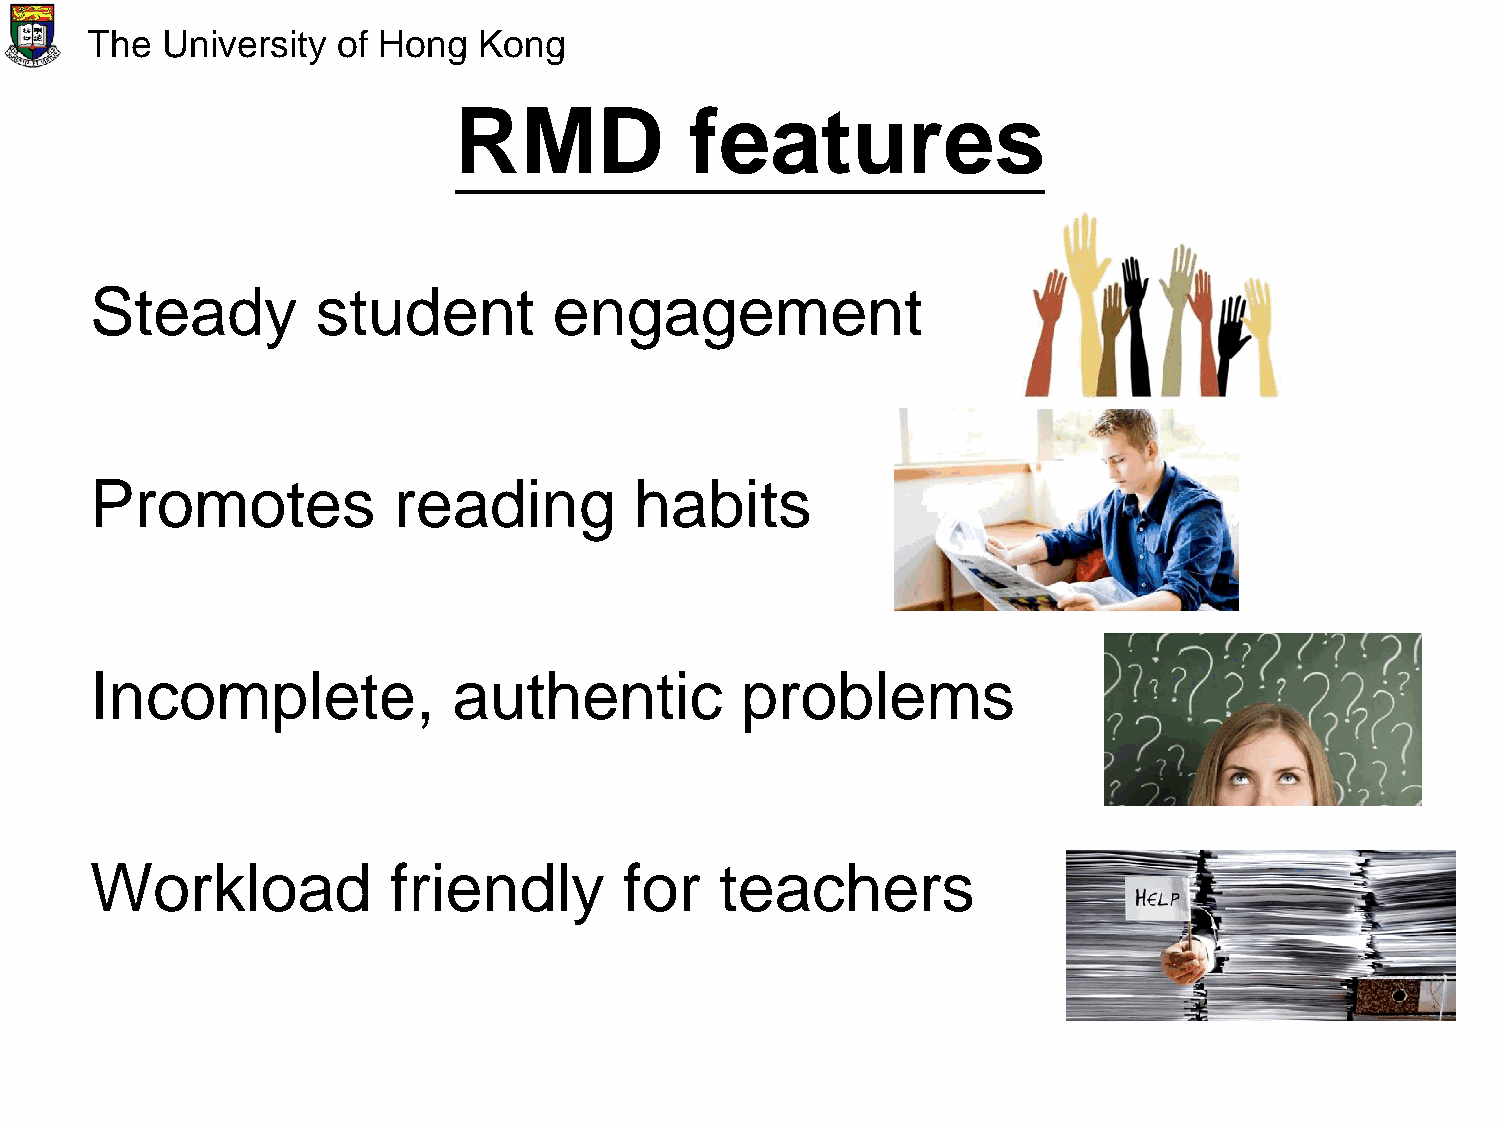
The  University of Hong   Kong
 RMD             features
 Steady         student         engagement
 Promotes            reading         habits
 Incomplete,             authentic          problems
 Workload            friendly       for    teachers